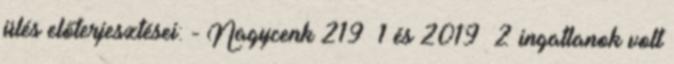
ülés előterjesztései: - Nagycenk 219 1 és 2019 2 ingatlanok volt